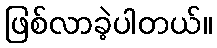
ဖြစ်လာခဲ့ပါတယ်။